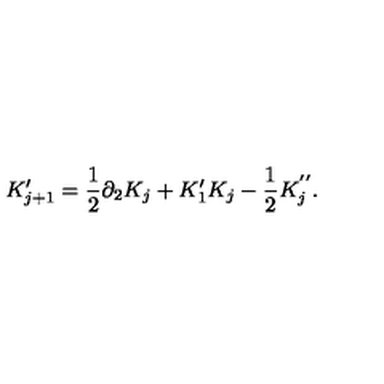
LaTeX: K _ { j + 1 } ^ { \prime } = \frac { 1 } { 2 } \partial _ { 2 } K _ { j } + K _ { 1 } ^ { \prime } K _ { j } - \frac { 1 } { 2 } K _ { j } ^ { ' ^ { \prime } } .